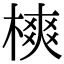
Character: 樉